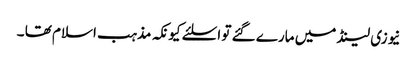
نیوزی لینڈ میں مارے گئے تو اسلئے کیونکہ مذہب اسلام تھا ۔